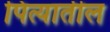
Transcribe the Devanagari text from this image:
पित्यातील